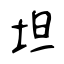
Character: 坦